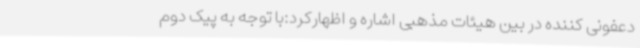
دعفونی کننده در بین هیئات مذهبی اشاره و اظهارکرد:با توجه به پیک دوم